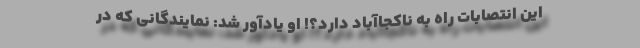
این انتصابات راه به ناکجاآباد دارد؟! او یادآور شد: نمایندگانی كه در